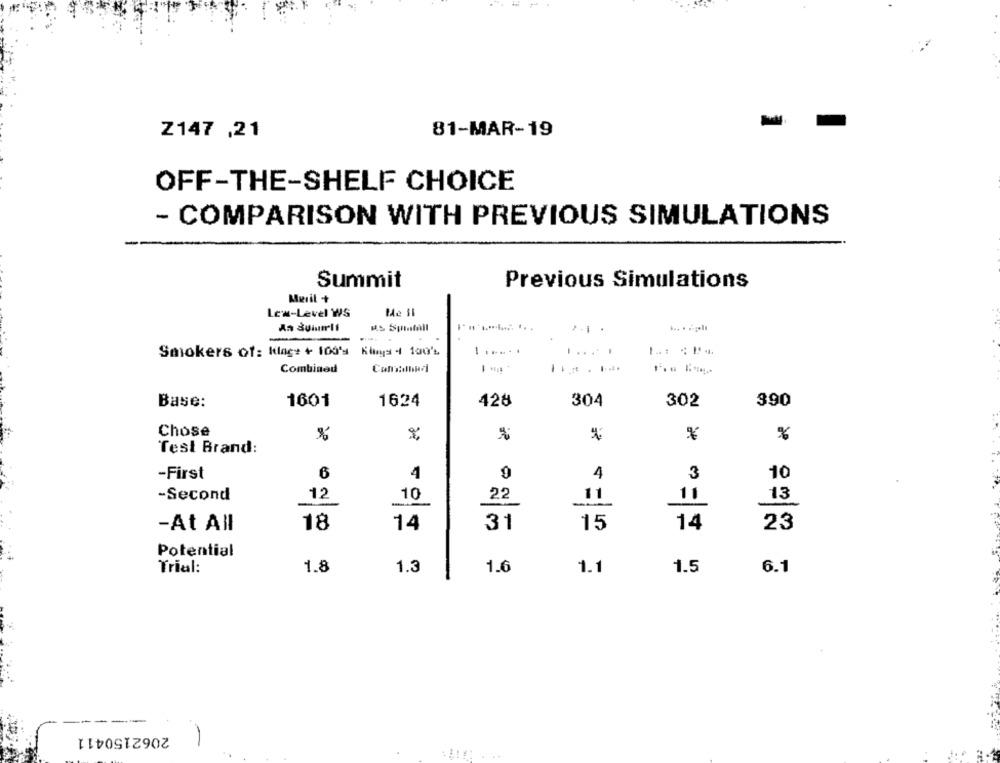
Z147 ,21
81-MAR-19
OFF-THE-SHELF CHOICE
- COMPARISON WITH PREVIOUS SIMULATIONS
Summit
Previous Simulations
Muril +
Low-Level WS
Me il
KS SpatAll
.
-
Smokers of: Kilac+ + 100's Kimya 4 100%
... . .
-
Combined
Base:
1601
1624
428
304
302
390
Chose
%
%
Test Brand:
6
-First
4
4
3
10
-Second
12
10
22
11
11
13
-At All
18
14
31
15
14
23
Potential
Trial:
1.8
1.3
1.6
1.1
1.5
6.1
2062150411